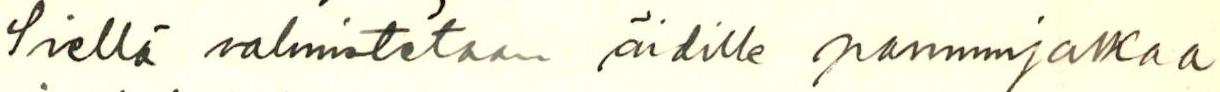
Siellä valmistetaan äidille pannunjalkaa